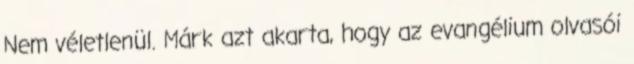
Nem véletlenül. Márk azt akarta, hogy az evangélium olvasói